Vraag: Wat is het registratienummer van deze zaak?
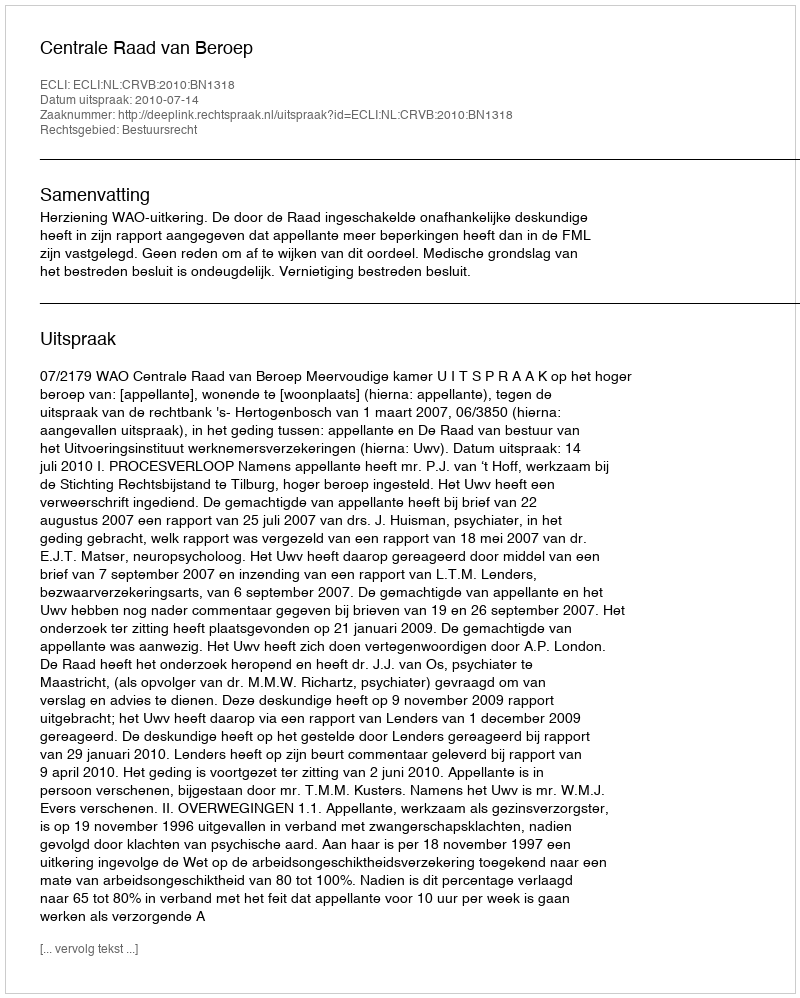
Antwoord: http://deeplink.rechtspraak.nl/uitspraak?id=ECLI:NL:CRVB:2010:BN1318